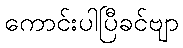
ကောင်းပါပြီခင်ဗျာ